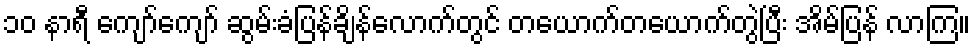
၁၀ နာရီ ကျော်ကျော် ဆွမ်းခံပြန်ချိန်လောက်တွင် တယောက်တယောက်တွဲပြီး အိမ်ပြန် လာကြ။